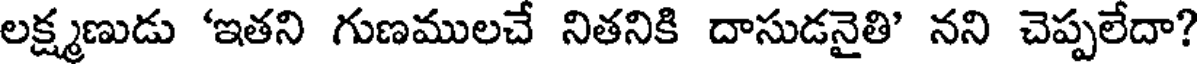
లక్ష్మణుడు 'ఇతని గుణములచే నితనికి దాసుడనైతి' నని చెప్పలేదా?